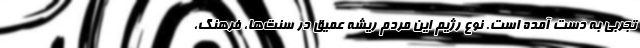
تجربی به ‌دست آمده‌ است. نوع رژیم این مردم ریشه عمیق در سنت‌ها، فرهنگ،